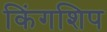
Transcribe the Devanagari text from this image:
किंगशिप